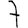
Digit: 7